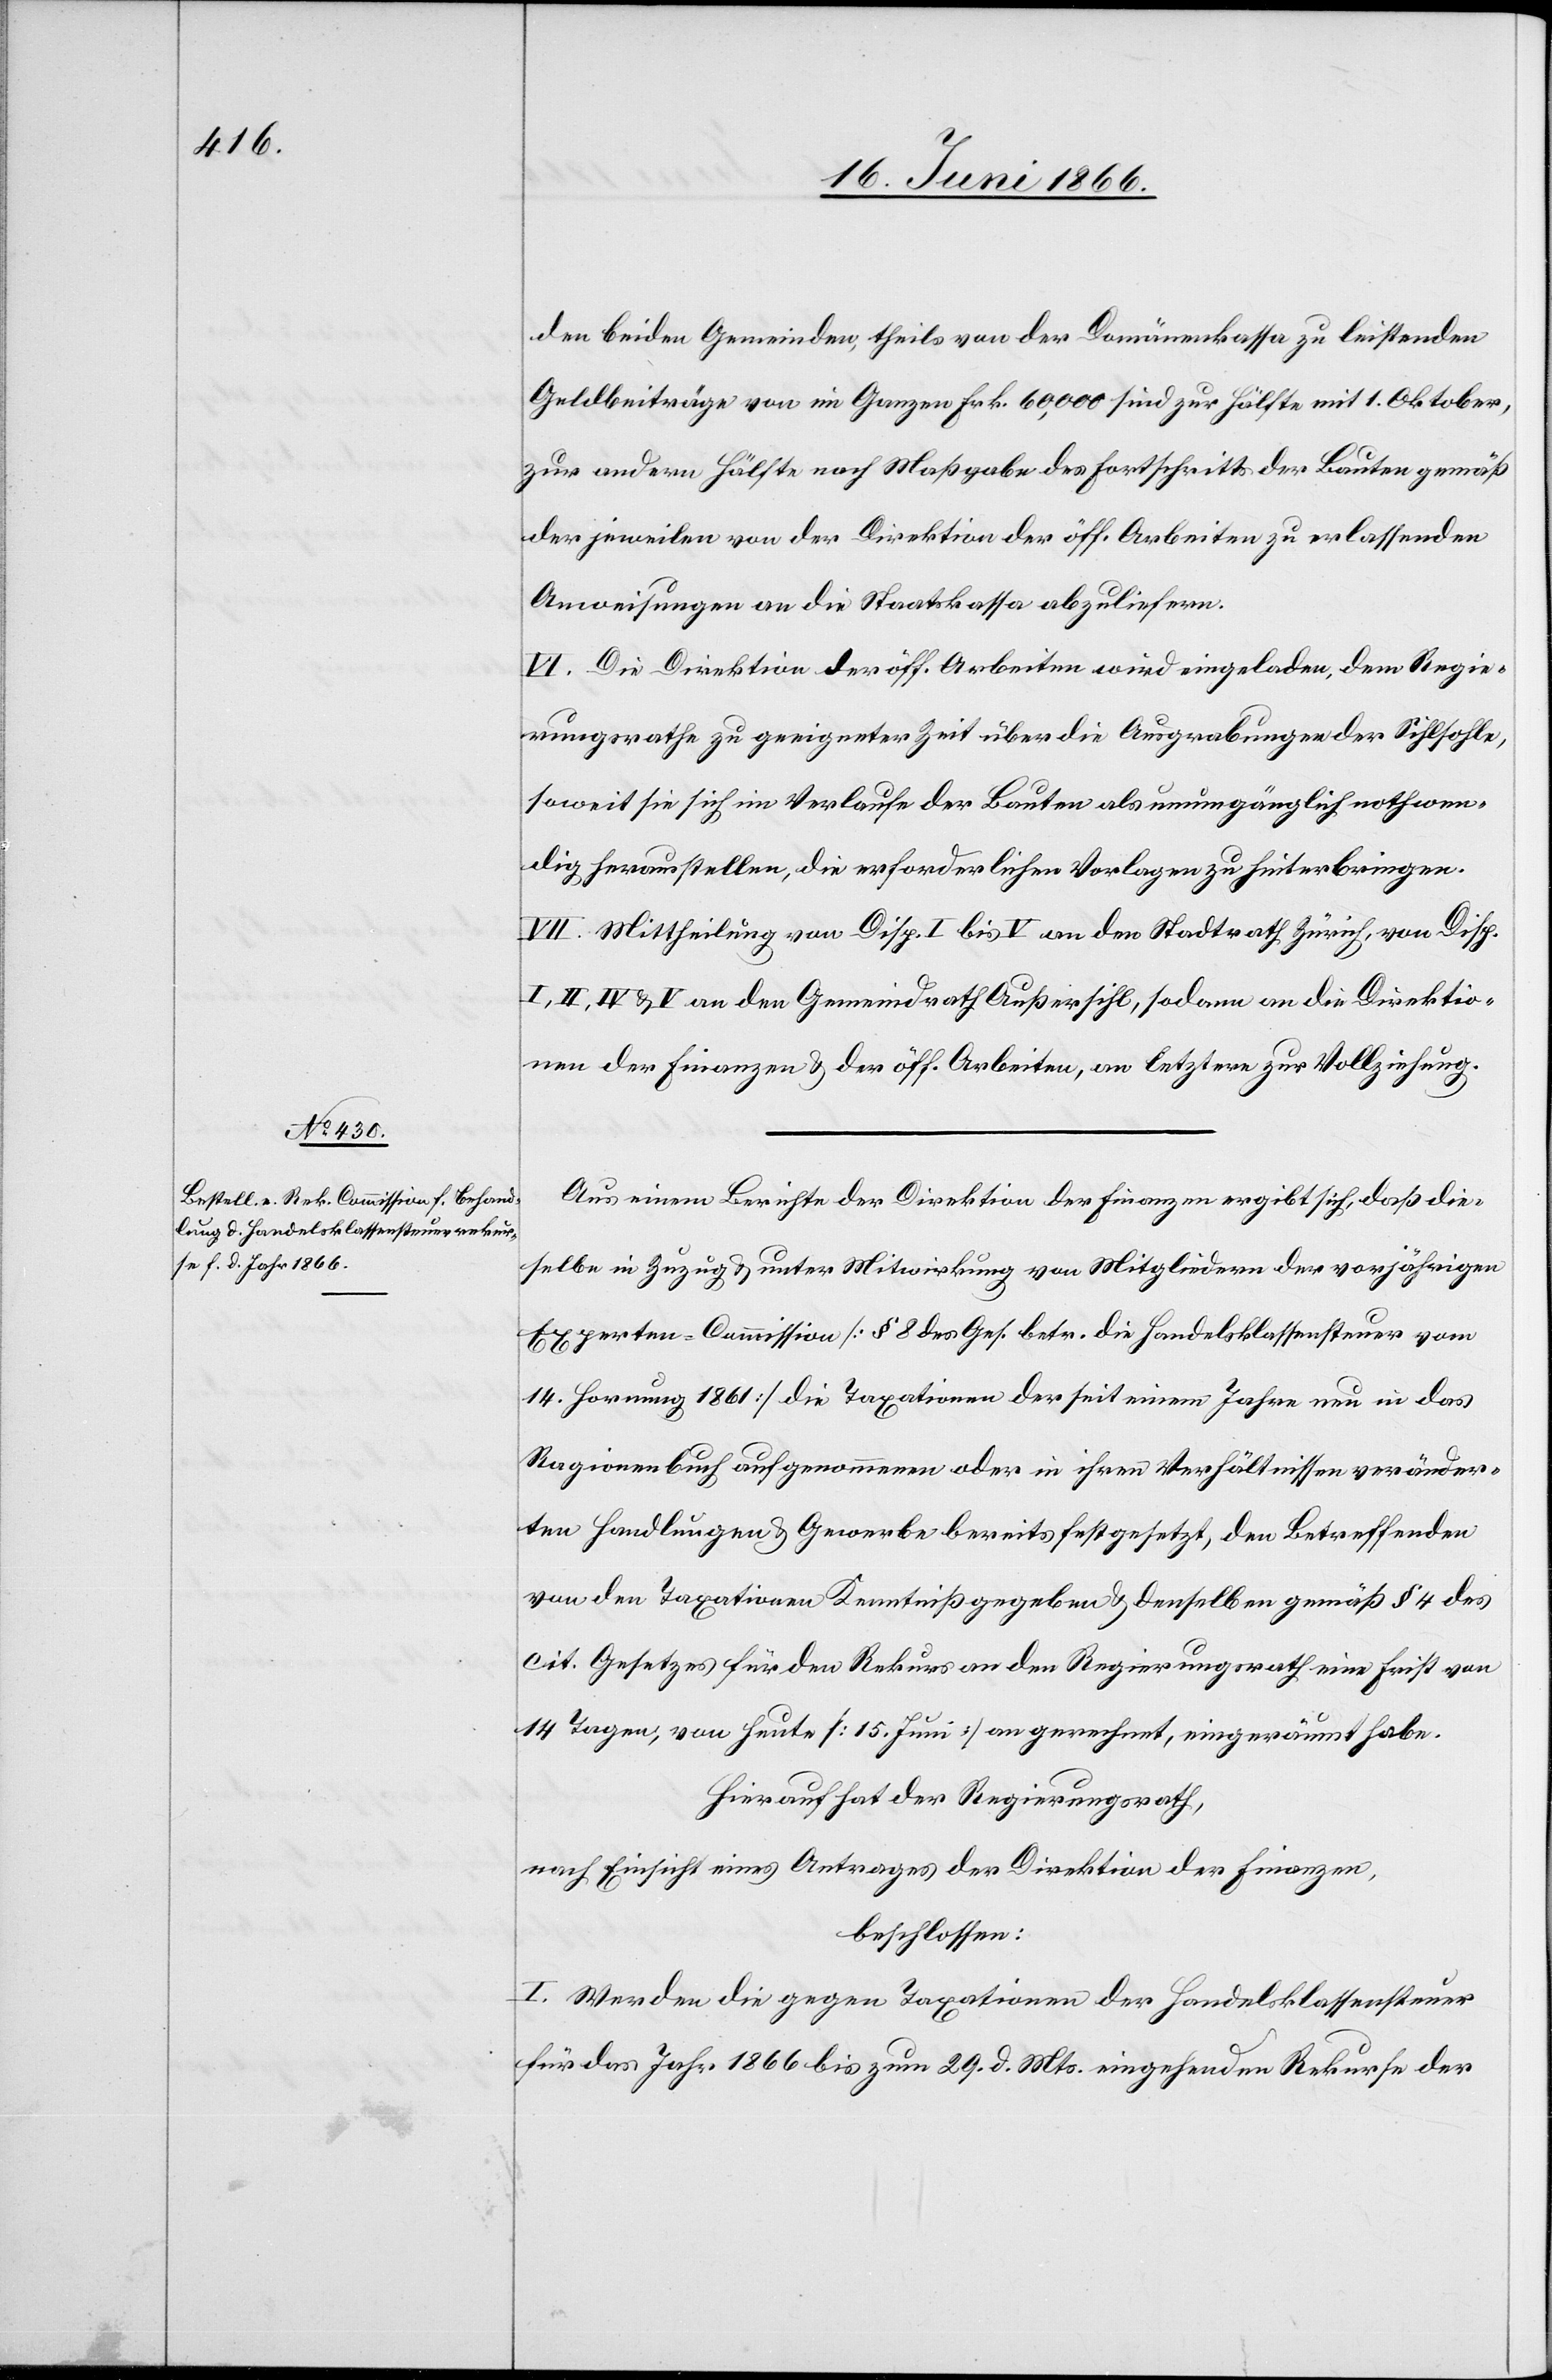
den beiden Gemeinden, theils von der Domänenkasse zu leistenden
Geldbeiträge von im Ganzen Frk. 60 000 sind zur Hälfte mit 1. Oktober,
zu andern Hälfte nach Maßgabe des Fortschritts der Bauten gemäß
der jeweilen von der Direktion der öff. Arbeiten zu erlassenden
Anweisungen an die Staatskasse abzuliefern.
VI. Die Direktion der öff. Arbeiten wird eingeladen, dem Regie¬
rungsrathe zu geeigneter Zeit über die Ausgrabungen der Sihlsohle,
soweit sie sich im Verlaufe der Bauten als unumgänglich nothwen¬
dig herausstellen, die erforderlichen Vorlagen zu hinterbringen.
VII. Mittheilung von Disp. I bis V an den Stadtrath Zürich, von Disp.
I, II, IV u. V an den Gemeindrath Außersihl, sodann an die Direktio¬
n der Finanzen u. der öff. Arbeiten, an letztere zur Vollziehung.
Aus einem Berichte der Direktion der Finanzen ergibt sich, daß die¬
selbe in Zuzug u. unter Mitwirkung von Mitgliedern der vorjährigen
Experten-Commission [§ 8 des Ges. betr. die Handelsklassensteuer vom
14. Hornung 1861] die Taxationen der seit einem Jahre nun in das
Ragionenbuch aufgenommenen oder in ihren Verhältnissen veränder¬
ten Handlungen u. Gewerbe bereits festgesetzt, den Betreffend
von den Taxationen Kenntniß gegeben u. denselben gemäß § 4 des
cit. Gesetzes für den Rekurs an den Regierungsrath eine Frist von
14 Tagen, von heute [15. Juni] an gerechnet, eingeräumt habe.
Hierauf hat der Regierungsrath,
nach Einsicht eines Antrages der Direktion der Finanzen,
beschlossen:
I. Werden die gegen Taxationen der Handelsklassensteuer
für das Jahr 1866 bis zum 29. d. Mts. eingehenden Rekurse der